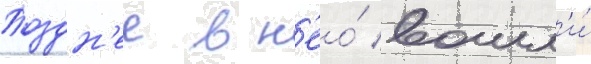
Поздн'ее в н'ео́ вошл'и́